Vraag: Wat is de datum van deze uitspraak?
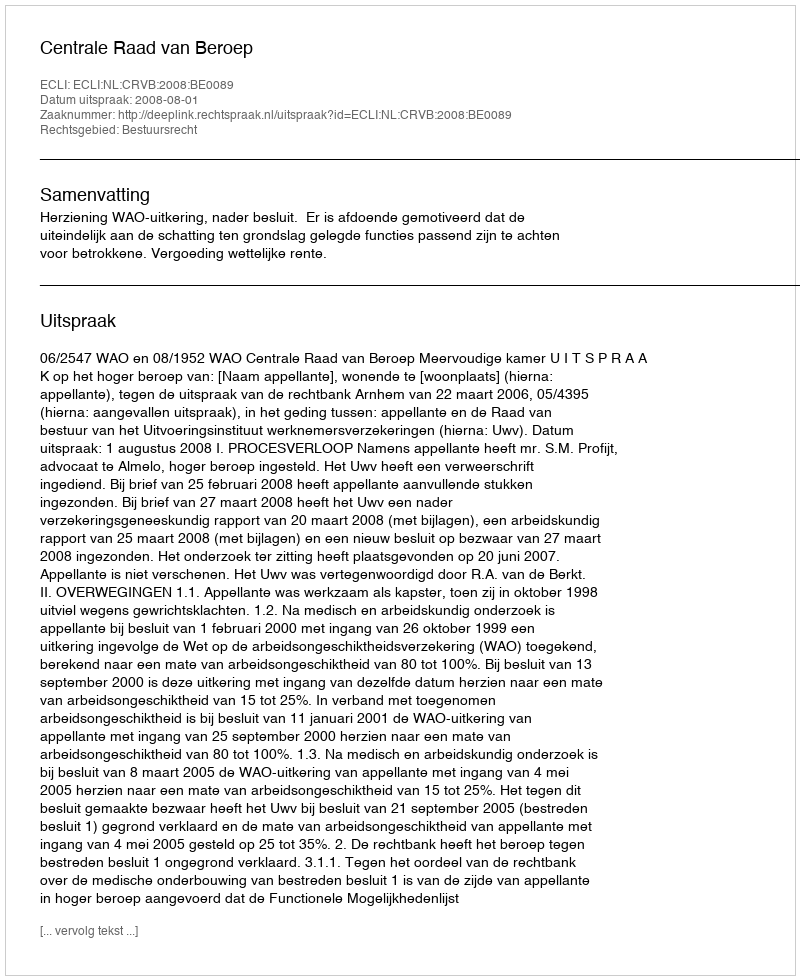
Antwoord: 2008-08-01